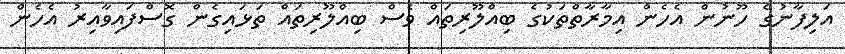
އަލިފާނުގެ ހޫނުން އެހެން އިމާރާތްތަކުގެ ބިއްލޫރިތައް ވެސް ބިއްލޫރިތައް ތަޅައިގެން ގޮސްފައިވާއިރު އެހެން